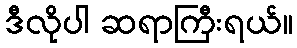
ဒီလိုပါ ဆရာကြီးရယ်။